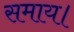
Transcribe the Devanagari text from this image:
समाय।